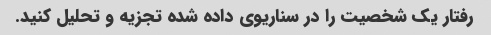
رفتار یک شخصیت را در سناریوی داده شده تجزیه و تحلیل کنید.